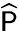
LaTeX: \mathsf{\widehat P}